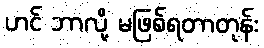
ဟင် ဘာလို့ မဖြစ်ရတာတုန်း